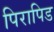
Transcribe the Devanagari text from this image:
पिरापिड